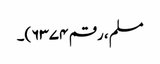
مسلم، رقم ۶۳۷۴)۔